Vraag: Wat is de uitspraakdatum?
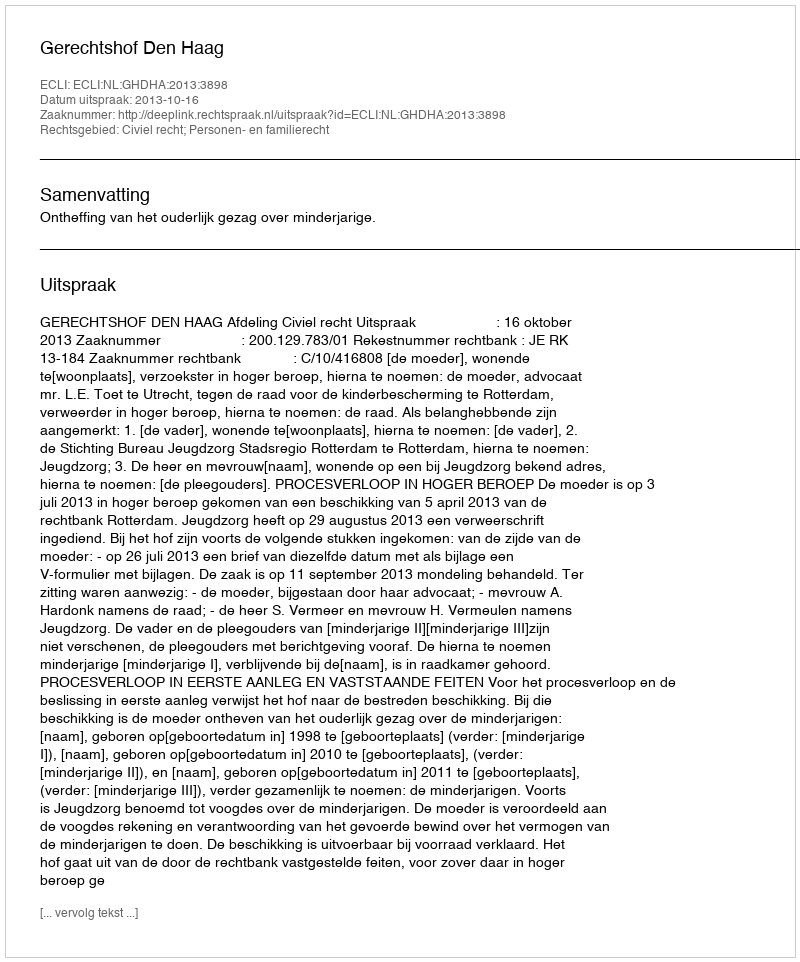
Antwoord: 2013-10-16